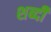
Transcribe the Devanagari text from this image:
शब्दी